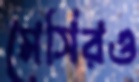
মেসিরও